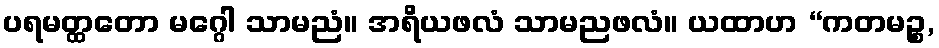
ပရမတ္ထတော မဂ္ဂေါ သာမညံ။ အရိယဖလံ သာမညဖလံ။ ယထာဟ “ကတမဉ္စ,